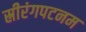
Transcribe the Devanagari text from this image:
स्रीरंगपटनम